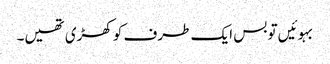
بہوئیں تو بس ایک طرف کو کھڑی تھیں۔